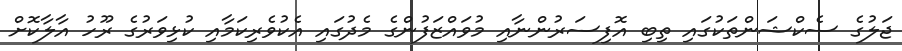
ޖަލުގެ ސެކްޝަންތަކުގައި ތިބި އޮފިސަރުންނާއި މުވައްޒަފުންގެ މެދުގައި އެކުވެރިކަމާއި ކުޅިވަރުގެ ރޫހު އާލާކޮށް